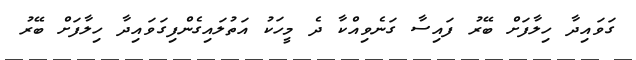
ގަވައިދާ ހިލާފަށް ބޭރު ފައިސާ ގަނެވިއްކާ ދެ މީހަކު އަތުލައިގެންފިގަވައިދާ ހިލާފަށް ބޭރު